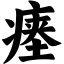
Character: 瘗